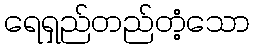
ရေရှည်တည်တံ့သော